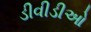
ડીવીડીઓ